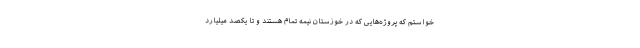
خواستم که پروژه‌هایی که در خوزستان نیمه تمام هستند و تا یکصد میلیارد